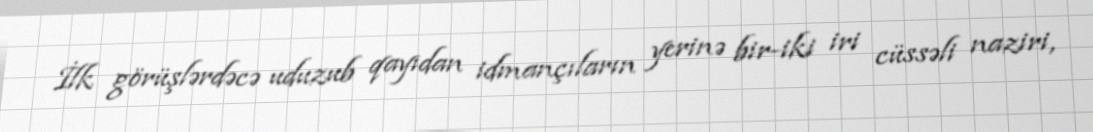
İlk görüşlərdəcə uduzub qayıdan idmançıların yerinə bir-iki iri cüssəli naziri,